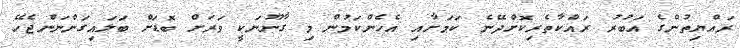
ރައްޔިތުންގެ އަބުރު ރައްކާތެރިކޮށްދޭނެ ކަމަށާއި އެހެންކަމުން މި ގާނޫނަކީ ވަރަށް ބޮޑަށް ބަލައިގަންނަންޖެހޭ